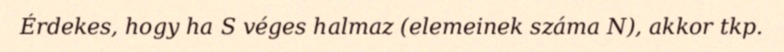
Érdekes, hogy ha S véges halmaz (elemeinek száma N), akkor tkp.